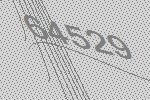
64529